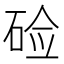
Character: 硷